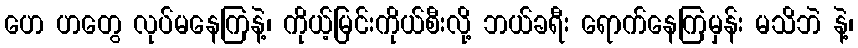
ဟေ ဟတွေ လုပ်မနေကြနဲ့၊ ကိုယ့်မြင်းကိုယ်စီးလို့ ဘယ်ခရီး ရောက်နေကြမှန်း မသိဘဲ နဲ့၊